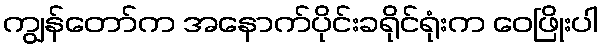
ကျွန်တော်က အနောက်ပိုင်းခရိုင်ရုံးက ဝေဖြိုးပါ